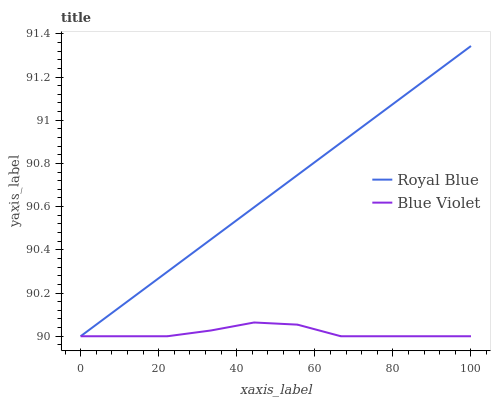
| xaxis_label | Royal Blue | Blue Violet |
 | --- | --- | --- |
 | 0 | 90 | 90 |
 | 11.1 | 90.1 | 90 |
 | 22.2 | 90.3 | 90 |
 | 33.3 | 90.4 | 90 |
 | 44.4 | 90.6 | 90.1 |
 | 55.6 | 90.7 | 90.1 |
 | 66.7 | 90.9 | 90 |
 | 77.8 | 91 | 90 |
 | 88.9 | 91.2 | 90 |
 | 100 | 91.3 | 90 |